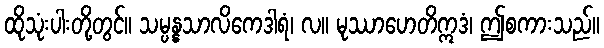
ထိုသုံးပါးတို့တွင်။ သမ္ပန္နသာလိကေဒါရံ၊ လ။ မုဿာဟေတိဣဒံ၊ ဤစကားသည်။